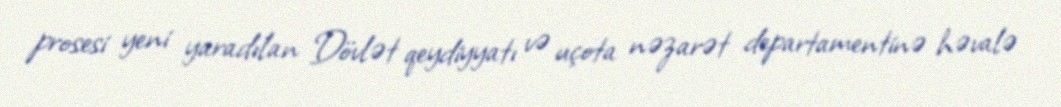
prosesi yeni yaradılan Dövlət qeydiyyatı və uçota nəzarət departamentinə həvalə